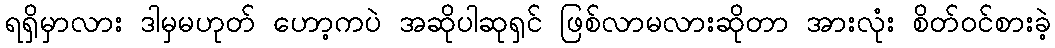
ရရှိမှာလား ဒါမှမဟုတ် ဟော့ကပဲ အဆိုပါဆုရှင် ဖြစ်လာမလားဆိုတာ အားလုံး စိတ်ဝင်စားခဲ့